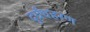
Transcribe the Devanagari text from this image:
दुर्ग्रंधहरण